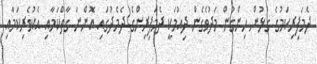
ދެމަފިރިކަމުގެ ގުޅުން ހިންގުން މަދުވެގެން ދިއުމަކީ ދެމަފިރިންގެ ދެމެދުގައި އޮންނަ ގާތްކަމާއި އެކުވެރިކަމާއި